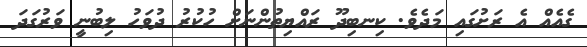
ގެއެއް އެ ރަށުގައި މަދެވެ. ކިނބިދޫ ރައްޔިތުންނަށް ހުކުރު ދުވަހު ލިބުނީ ވަރުގަދަ